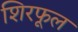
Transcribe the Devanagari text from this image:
शिरफूल